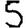
Digit: 5